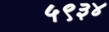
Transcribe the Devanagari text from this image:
५९३४